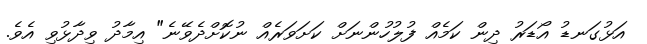
އަޅުގަނޑު އޯޑަރު ދިން ކަމެއް ފުލުހުންނަށް ކަށަވަރެއް ނުކޮށްދެވޭނެ" އިމާދު ވިދާޅުވި އެވެ.